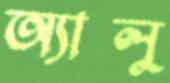
অ্যালু